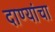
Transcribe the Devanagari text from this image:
दाण्यांचा